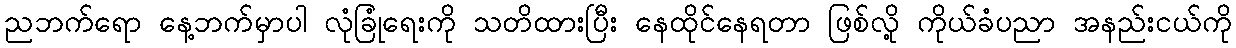
ညဘက်ရော နေ့ဘက်မှာပါ လုံခြုံရေးကို သတိထားပြီး နေထိုင်နေရတာ ဖြစ်လို့ ကိုယ်ခံပညာ အနည်းငယ်ကို